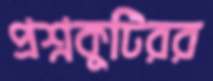
প্রশ্নকুটিরর